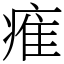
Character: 痽